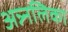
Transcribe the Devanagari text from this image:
अन्न्नलिका